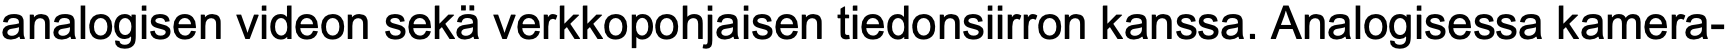
analogisen videon sekä verkkopohjaisen tiedonsiirron kanssa. Analogisessa kamera-